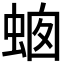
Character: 𧋙